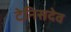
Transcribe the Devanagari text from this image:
टेनिसदेव